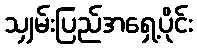
သျှမ်းပြည်အရှေ့ပိုင်း